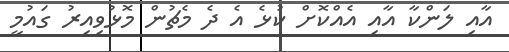
އާއި ލަންކާ އާއި އެއްކޮށް ކުޅެ އެ ދެ މެޗުން މޮޅުވިއިރު ގައުމީ